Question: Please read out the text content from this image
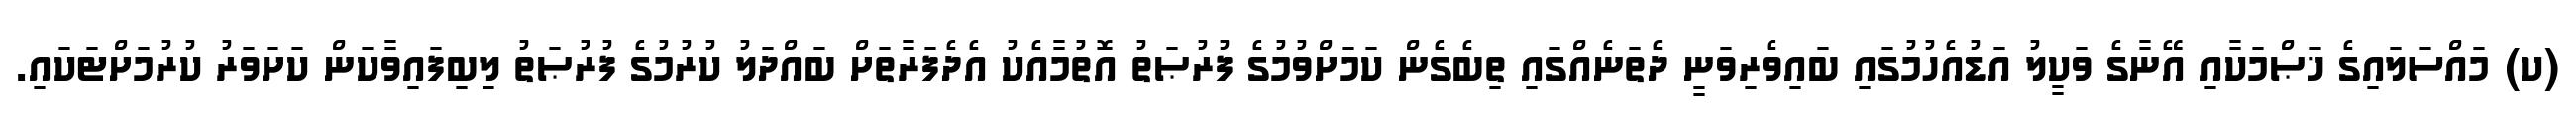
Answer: (ކ) މައްސަލައިގެ ޚަޞްމަކާއި އޭނާގެ ވަކީލު އަޑުއެހުމުގައި ބައިވެރިވަނީ ދެތަނެއްގައި ތިބެގެން ކަމަށްވުމުގެ ފުރުޞަތު އޮތުމާއެކު އެދެފަރާތަށް ބައްދަލު ކުރުމުގެ ފުރުޞަތު ލިބިފައިވާކަން ކަށަވަރު ކުރުމަށްޓަކައި.